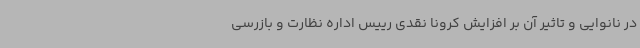
در نانوایی و تاثیر آن بر افزایش کرونا نقدی رییس اداره نظارت و بازرسی